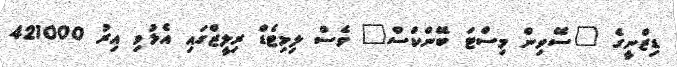
ޑިޒްނީގެ "ސޭވިން މިސްޓަ ބޭންކްސް" ވެސް ލިމިޓެޑް ރިލީޒްގައި އެޅުވި އިރު 421000